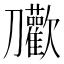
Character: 𭄝